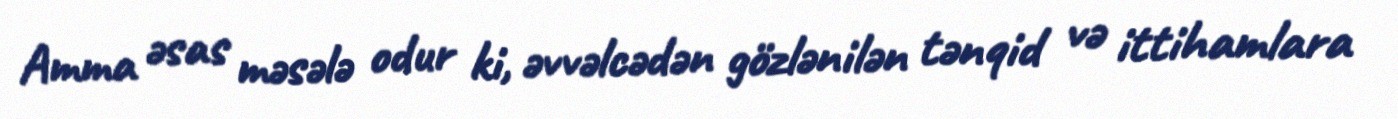
Amma əsas məsələ odur ki, əvvəlcədən gözlənilən tənqid və ittihamlara